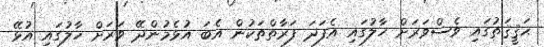
ޙަޤީޤަތުގައި ވެސްވަރަށް ހާލުގައި އެފަދަ ފަރާތްތަކުން އެބަ އުޅެމުންދޭ ވަރަށް ހާލުގައި އުޅޭ